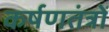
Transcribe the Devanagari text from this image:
कर्षणतंत्रों